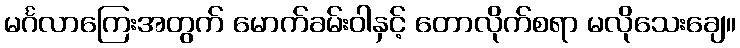
မင်္ဂလာကြေးအတွက် မောက်ခမ်းဝါနှင့် တောလိုက်စရာ မလိုသေးချေ။